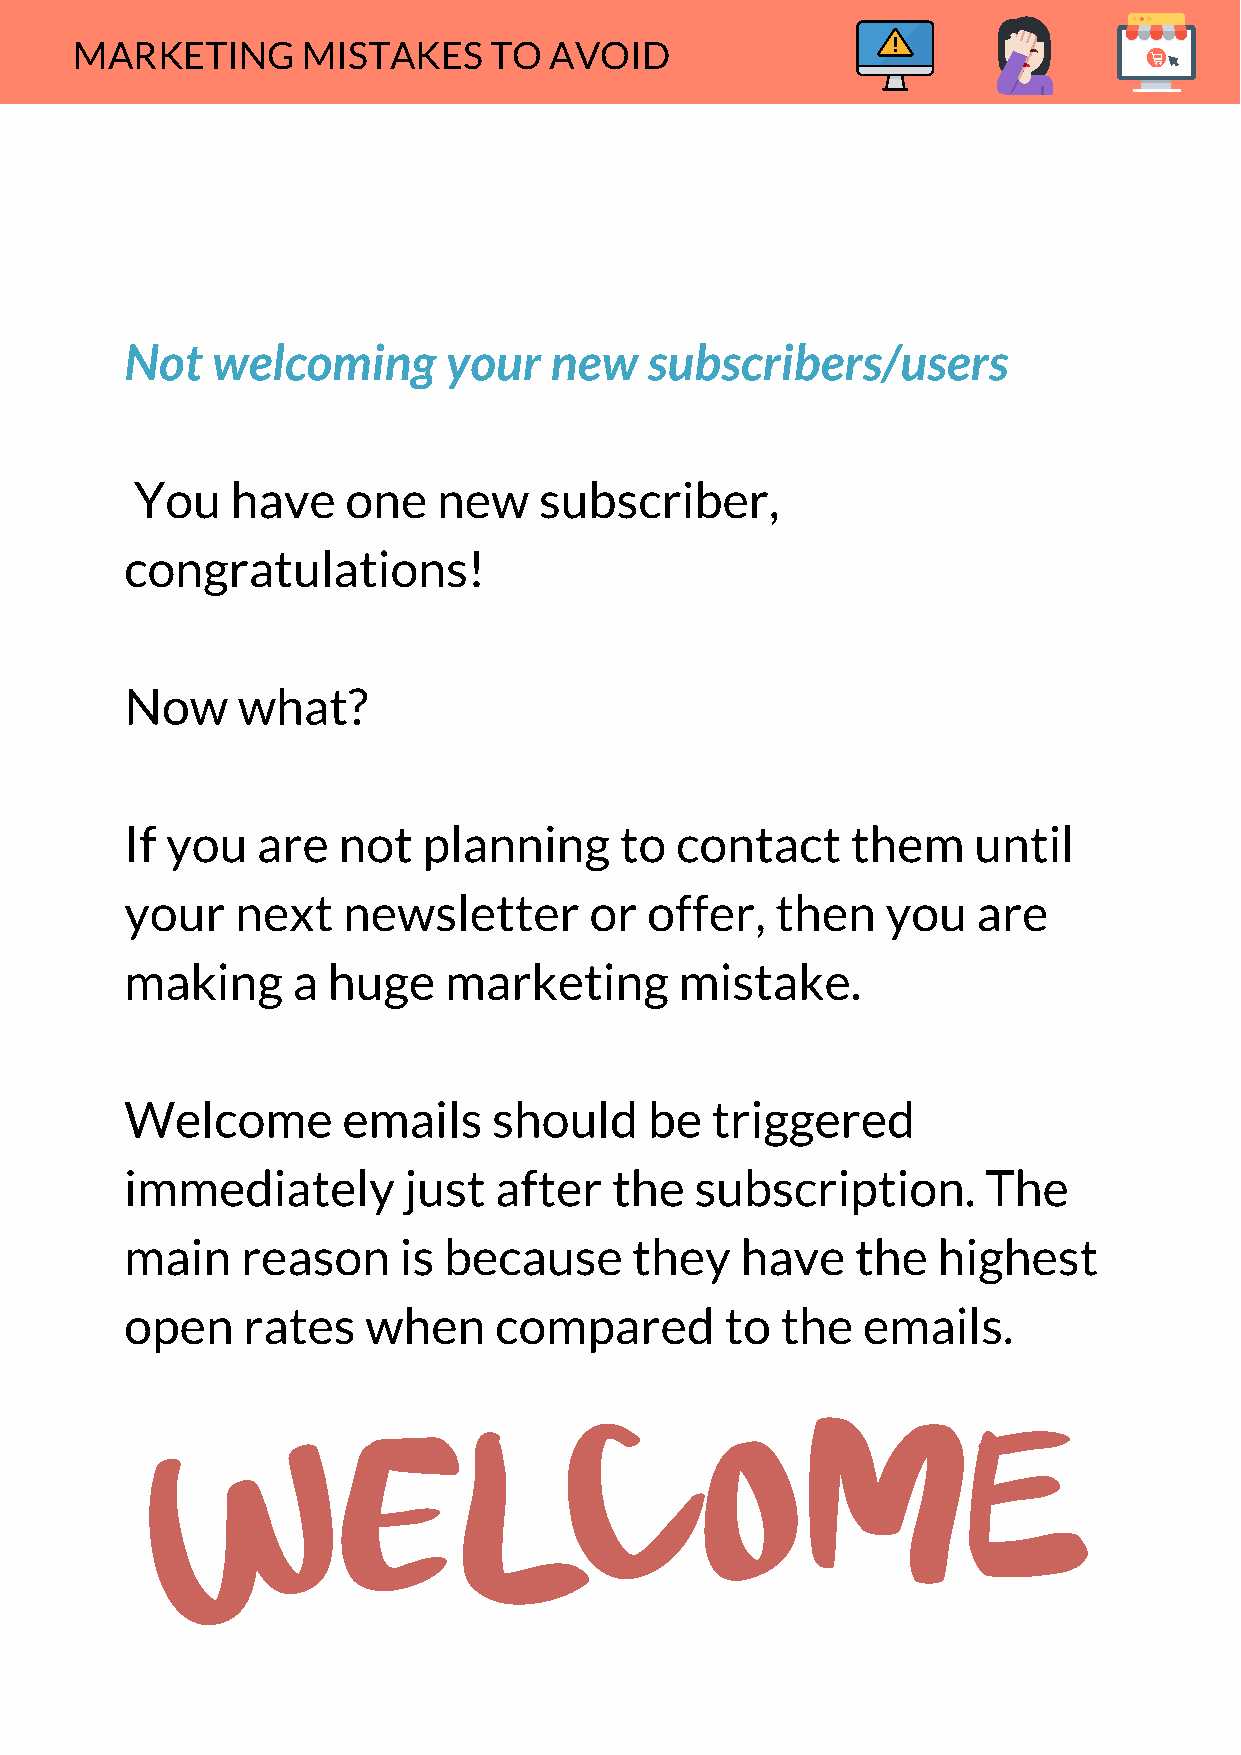
MARKETING      MISTAKES    TO  AVOID
 Not   welcoming      your   new    subscribers/users
 You   have    one   new    subscriber,
 congratulations!
 Now     what?
 If you   are  not   planning     to  contact    them    until
 your    next   newsletter      or  offer,  then    you   are
 making     a  huge   marketing       mistake.
 Welcome        emails    should    be  triggered
 immediately        just  after   the  subscription.      The
 main    reason    is because      they   have    the  highest
 open    rates   when     compared       to  the  emails.